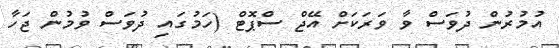
އުމުރުން ދުވަސް ވާ ވަރަކަށް އޭޖް ސްޕޮޓް (ހަމުގައި ދުވަސް ވުމުން ޖަހާ